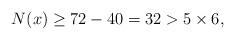
LaTeX: \begin{align*}N(x)\geq 72-40=32>5\times6,\end{align*}